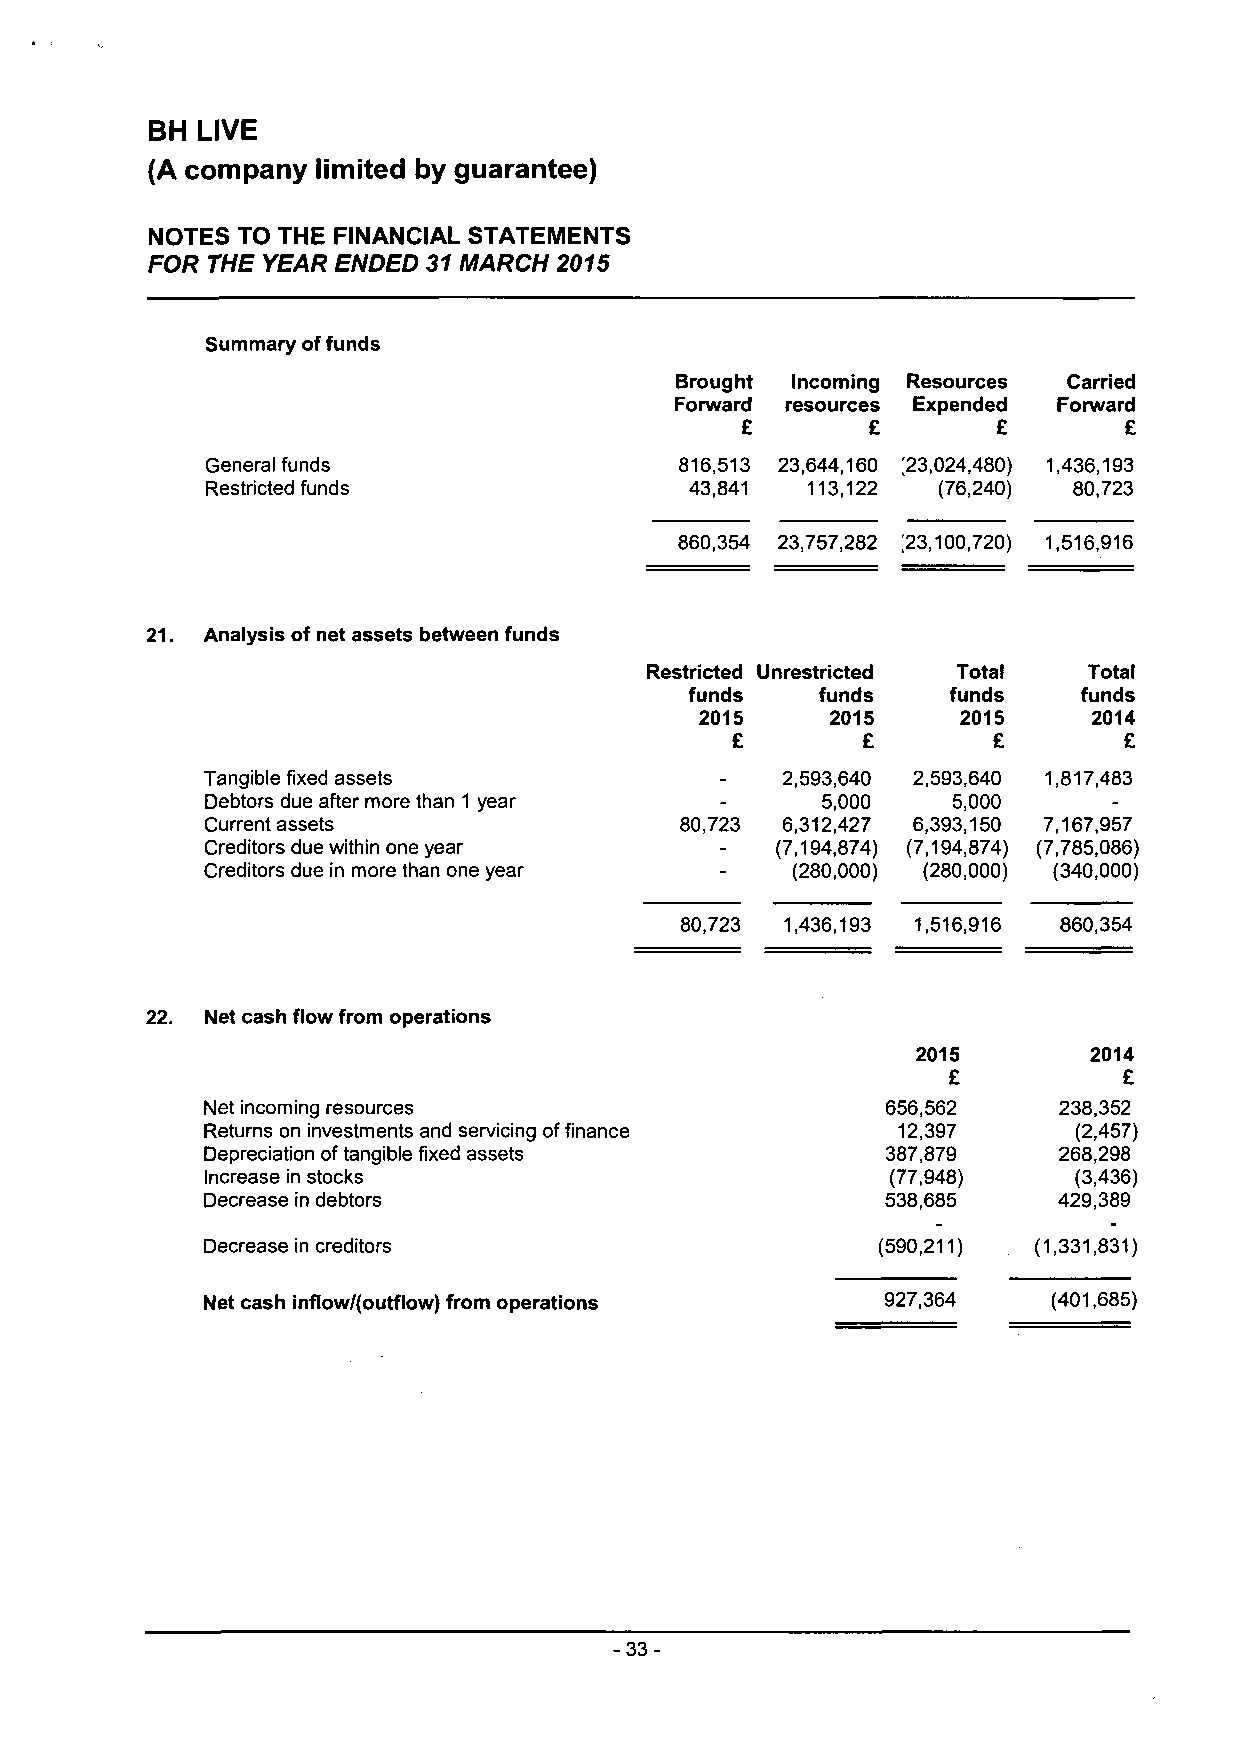
BH LIVE
 (A company limited by guarantee)
 NOTES TO THE FINANCIAL STATEMENTS
 FOR THE YEAR ENDED 31 MARCH 2015
 Summary of funds
 Brought Incoming Resources Carried
 Forward resources Expended Forward
 £        £       £       £
 General funds                  816,513 23,644,160 123,024,480) 1,436,193
 Restricted funds                43,841 113,122  (76,240) 80,723
 860,354 23,757,282 [23,100,720) 1,516,916
 Analysis of net assets between funds
 Restricted Unrestricted Total Total
 funds   funds    funds    funds
 2015     2015     2015    2014
 £        £        £       £
 Tangible fixed assets             _   2,593,640 2,593,640 1,817,483
 Debtors due after more than 1 year -    5,000    5,000      -
 Current assets                 80,723 6,312,427 6,393,150 7,167,957
 Creditors due within one year     -  (7,194,874) (7,194,874) (7,785,086)
 Creditors due in more than one year - (280,000) (280,000) (340,000)
 80,723 1,436,193 1,516,916 860,354
 Net cash flow from operations
 2015       2014
 £          £
 Net incoming resources                       656,562    238,352
 Returns on investments and servicing of finance 12,397   (2,457)
 Depreciation of tangible fixed assets        387,879    268,298
 Increase in stocks                           (77,948)    (3,436)
 Decrease in debtors                           538,685    429,389
 Decrease in creditors                        (590,211) (1,331,831)
 Net cash inflow/(outflow) from operations     927,364    (401,685)
 -33-